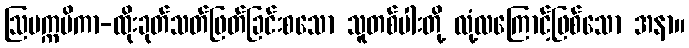
ဩပက္ကမိကာ-ထိုးခုတ်သတ်ဖြတ်ခြင်းစသော သူတစ်ပါးတို့ လုံ့လကြောင့်ဖြစ်သော အနာ။